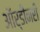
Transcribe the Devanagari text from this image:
ऑर्डीनरी